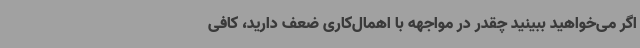
اگر می‌خواهید ببینید چقدر در مواجهه با اهمال‌کاری ضعف دارید، کافی